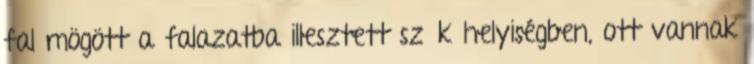
fal mögött a falazatba illesztett szűk helyiségben, ott vannak